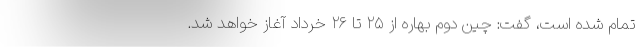
تمام شده است، گفت: چین دوم بهاره از ۲۵ تا ۲۶ خرداد آغاز خواهد شد.